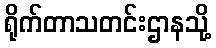
ရိုက်တာသတင်းဌာနသို့